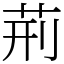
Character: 荊